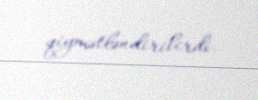
qiymətləndirilirdi.